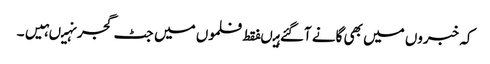
کہ خبروں میں بھی گانے آگئے ہیںفقط فلموں میں جٹ گجر نہیںہیں۔